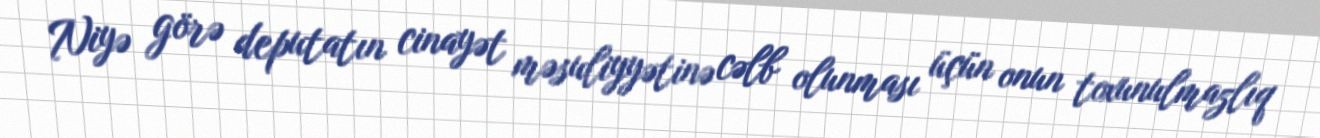
Niyə görə deputatın cinayət məsuliyyətinə cəlb olunması üçün onun toxunulmazlıq